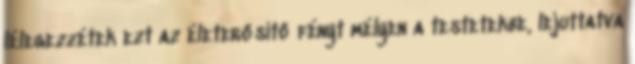
lélegezzétek ezt az életerősítő fényt mélyen a testetekbe, lejuttatva